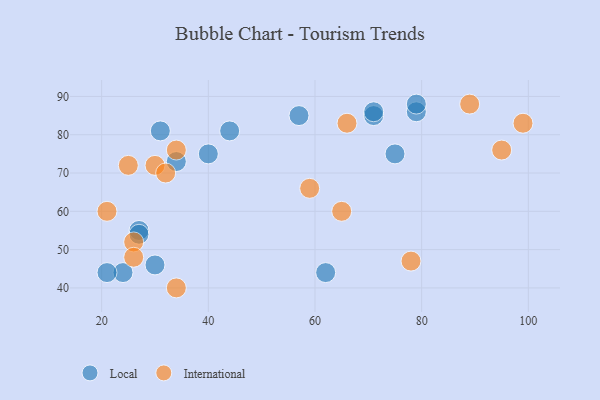
{"axis": {"x": "GDP", "y": "Life Expectancy"}, "legend": ["International", "Local"], "data": [{"x": "27", "y": 55, "type": "Local"}, {"x": "71", "y": 85, "type": "Local"}, {"x": "31", "y": 81, "type": "Local"}, {"x": "75", "y": 75, "type": "Local"}, {"x": "44", "y": 81, "type": "Local"}, {"x": "30", "y": 46, "type": "Local"}, {"x": "79", "y": 86, "type": "Local"}, {"x": "62", "y": 44, "type": "Local"}, {"x": "71", "y": 86, "type": "Local"}, {"x": "40", "y": 75, "type": "Local"}, {"x": "24", "y": 44, "type": "Local"}, {"x": "27", "y": 54, "type": "Local"}, {"x": "34", "y": 73, "type": "Local"}, {"x": "79", "y": 88, "type": "Local"}, {"x": "57", "y": 85, "type": "Local"}, {"x": "21", "y": 44, "type": "Local"}, {"x": "66", "y": 83, "type": "International"}, {"x": "78", "y": 47, "type": "International"}, {"x": "34", "y": 40, "type": "International"}, {"x": "65", "y": 60, "type": "International"}, {"x": "21", "y": 60, "type": "International"}, {"x": "34", "y": 76, "type": "International"}, {"x": "30", "y": 72, "type": "International"}, {"x": "26", "y": 52, "type": "International"}, {"x": "89", "y": 88, "type": "International"}, {"x": "25", "y": 72, "type": "International"}, {"x": "32", "y": 70, "type": "International"}, {"x": "59", "y": 66, "type": "International"}, {"x": "95", "y": 76, "type": "International"}, {"x": "26", "y": 48, "type": "International"}, {"x": "99", "y": 83, "type": "International"}]}